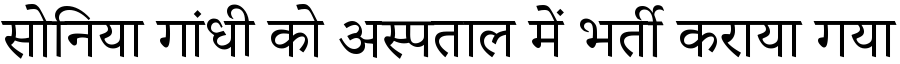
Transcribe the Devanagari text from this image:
सोनिया गांधी को अस्पताल में भर्ती कराया गया